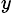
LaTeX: _y